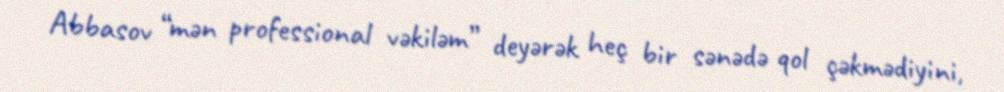
Abbasov “mən professional vəkiləm” deyərək heç bir sənədə qol çəkmədiyini,